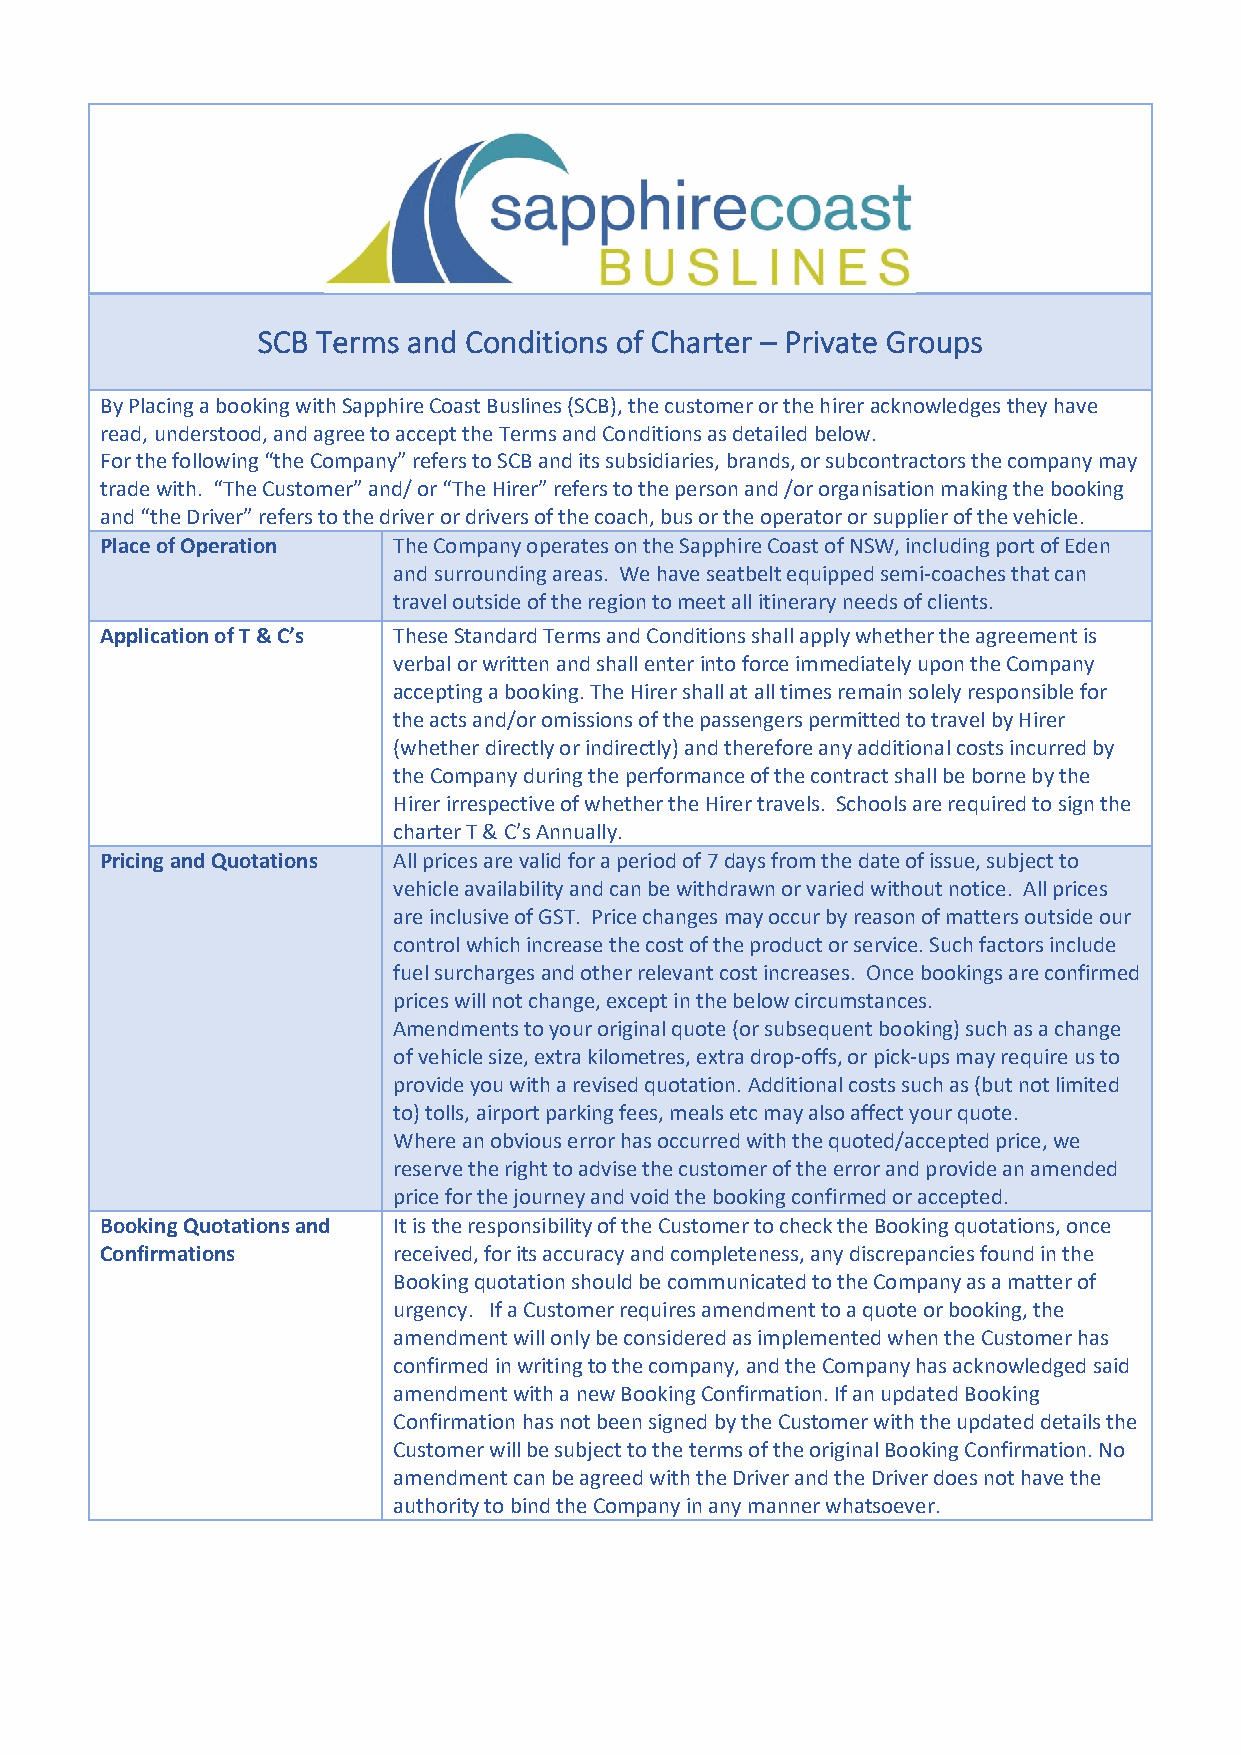
SCB Terms and Conditions of Charter – Private Groups
 By Placing a booking with Sapphire Coast Buslines (SCB), the customer or the hirer acknowledges they have
 read, understood, and agree to accept the Terms and Conditions as detailed below.
 For the following “the Company” refers to SCB and its subsidiaries, brands, or subcontractors the company may
 trade with. “The Customer” and/ or “The Hirer” refers to the person and /or organisation making the booking
 and “the Driver” refers to the driver or drivers of the coach, bus or the operator or supplier of the vehicle.
 Place of Operation The Company operates on the Sapphire Coast of NSW, including port of Eden
 and surrounding areas. We have seatbelt equipped semi-coaches that can
 travel outside of the region to meet all itinerary needs of clients.
 Application of T & C’s These Standard Terms and Conditions shall apply whether the agreement is
 verbal or written and shall enter into force immediately upon the Company
 accepting a booking. The Hirer shall at all times remain solely responsible for
 the acts and/or omissions of the passengers permitted to travel by Hirer
 (whether directly or indirectly) and therefore any additional costs incurred by
 the Company during the performance of the contract shall be borne by the
 Hirer irrespective of whether the Hirer travels. Schools are required to sign the
 charter T & C’s Annually.
 Pricing and Quotations All prices are valid for a period of 7 days from the date of issue, subject to
 vehicle availability and can be withdrawn or varied without notice. All prices
 are inclusive of GST. Price changes may occur by reason of matters outside our
 control which increase the cost of the product or service. Such factors include
 fuel surcharges and other relevant cost increases. Once bookings are confirmed
 prices will not change, except in the below circumstances.
 Amendments to your original quote (or subsequent booking) such as a change
 of vehicle size, extra kilometres, extra drop-offs, or pick-ups may require us to
 provide you with a revised quotation. Additional costs such as (but not limited
 to) tolls, airport parking fees, meals etc may also affect your quote.
 Where an obvious error has occurred with the quoted/accepted price, we
 reserve the right to advise the customer of the error and provide an amended
 price for the journey and void the booking confirmed or accepted.
 Booking Quotations and It is the responsibility of the Customer to check the Booking quotations, once
 Confirmations      received, for its accuracy and completeness, any discrepancies found in the
 Booking quotation should be communicated to the Company as a matter of
 urgency. If a Customer requires amendment to a quote or booking, the
 amendment will only be considered as implemented when the Customer has
 confirmed in writing to the company, and the Company has acknowledged said
 amendment with a new Booking Confirmation. If an updated Booking
 Confirmation has not been signed by the Customer with the updated details the
 Customer will be subject to the terms of the original Booking Confirmation. No
 amendment can be agreed with the Driver and the Driver does not have the
 authority to bind the Company in any manner whatsoever.